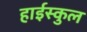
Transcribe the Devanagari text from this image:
हाईस्कुल